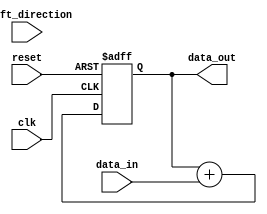
module shift_add_register (
    input wire clk,
    input wire reset,
    input wire shift_direction, // 0 for left shift, 1 for right shift
    input wire [15:0] data_in,
    output reg [15:0] data_out
);

reg [15:0] register;

always @(posedge clk or posedge reset) begin
    if (reset) begin
        register <= 16'b0;
    end else begin
        if (shift_direction) begin
            register <= {1'b0, register[15:1]};
        end else begin
            register <= {register[14:0], 1'b0};
        end
        
        register <= register + data_in;
    end
end

assign data_out = register;

endmodule